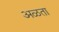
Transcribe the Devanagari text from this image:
अळता